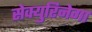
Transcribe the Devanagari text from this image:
सेक्युरिनेगा